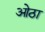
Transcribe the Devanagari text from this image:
ओठा